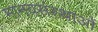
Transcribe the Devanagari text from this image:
मानवसंस्थाओं